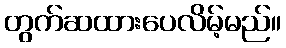
တွက်ဆထားပေလိမ့်မည်။